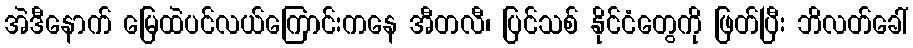
အဲဒီနောက် မြေထဲပင်လယ်ကြောင်းကနေ အီတလီ၊ ပြင်သစ် နိုင်ငံတွေကို ဖြတ်ပြီး ဘိလတ်ခေါ်